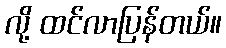
လို့ ထင်လာပြန်တယ်။